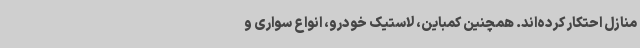
منازل احتکار کرده‌اند. همچنین کمباین، لاستیک خودرو، انواع سواری و